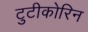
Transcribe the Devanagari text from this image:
टुटीकोरिन